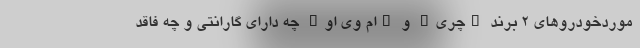
موردخودروهای 2 برند "چری" و "ام وی او" چه دارای گارانتی و چه فاقد